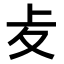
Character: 𠧔